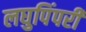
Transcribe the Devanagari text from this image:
लघुपिंपरी